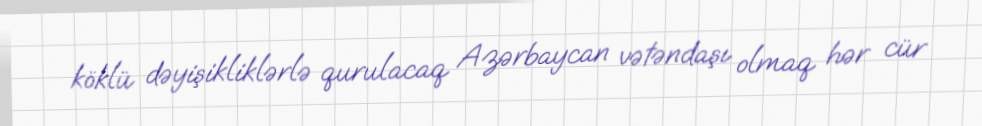
köklü dəyişikliklərlə qurulacaq Azərbaycan vətəndaşı olmaq hər cür